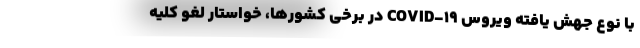
با نوع جهش یافته ویروس COVID-۱۹ در برخی کشورها، خواستار لغو کلیه